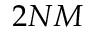
2 N M